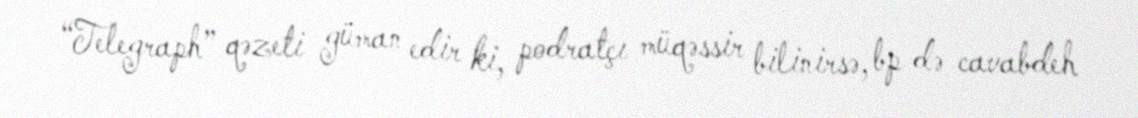
“Telegraph” qəzeti güman edir ki, podratçı müqəssir bilinirsə, bp də cavabdeh